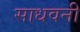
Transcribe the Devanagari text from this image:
साधवनी